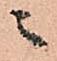
ニ